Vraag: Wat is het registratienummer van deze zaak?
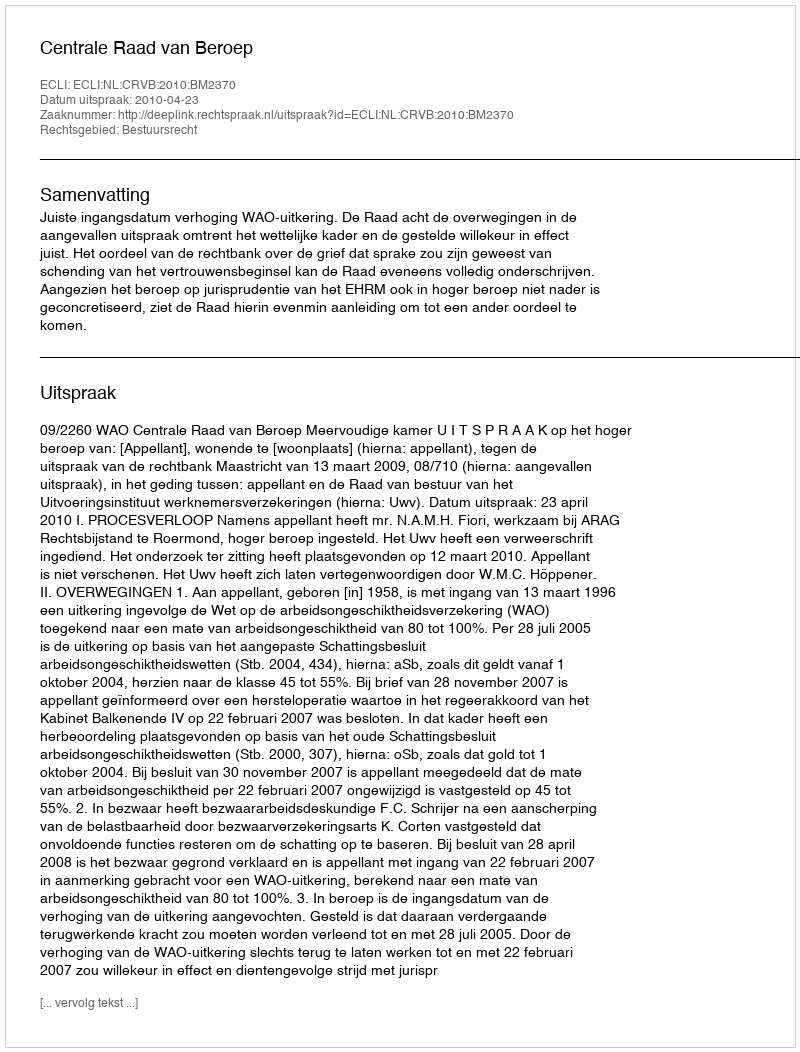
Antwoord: http://deeplink.rechtspraak.nl/uitspraak?id=ECLI:NL:CRVB:2010:BM2370